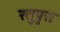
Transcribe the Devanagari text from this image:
रतुपुरा